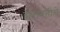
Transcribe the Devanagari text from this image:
द्वारावतीचे